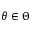
\theta \in \Theta